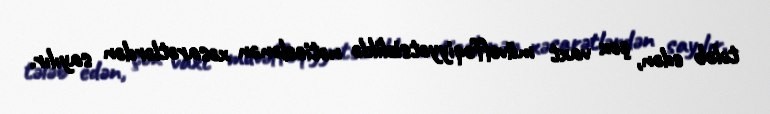
tələb edən, çox vaxt müvəffəqiyyətsizliklə nəticələnən xəsarətlərdən sayılır.